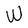
Character: W